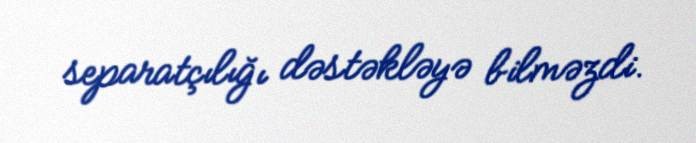
separatçılığı dəstəkləyə bilməzdi.